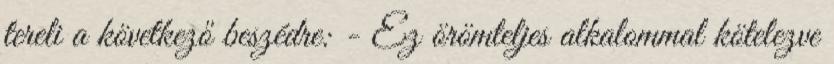
tereli a következő beszédre: - Ez örömteljes alkalommal kötelezve